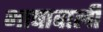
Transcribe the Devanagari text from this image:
भाषावाली